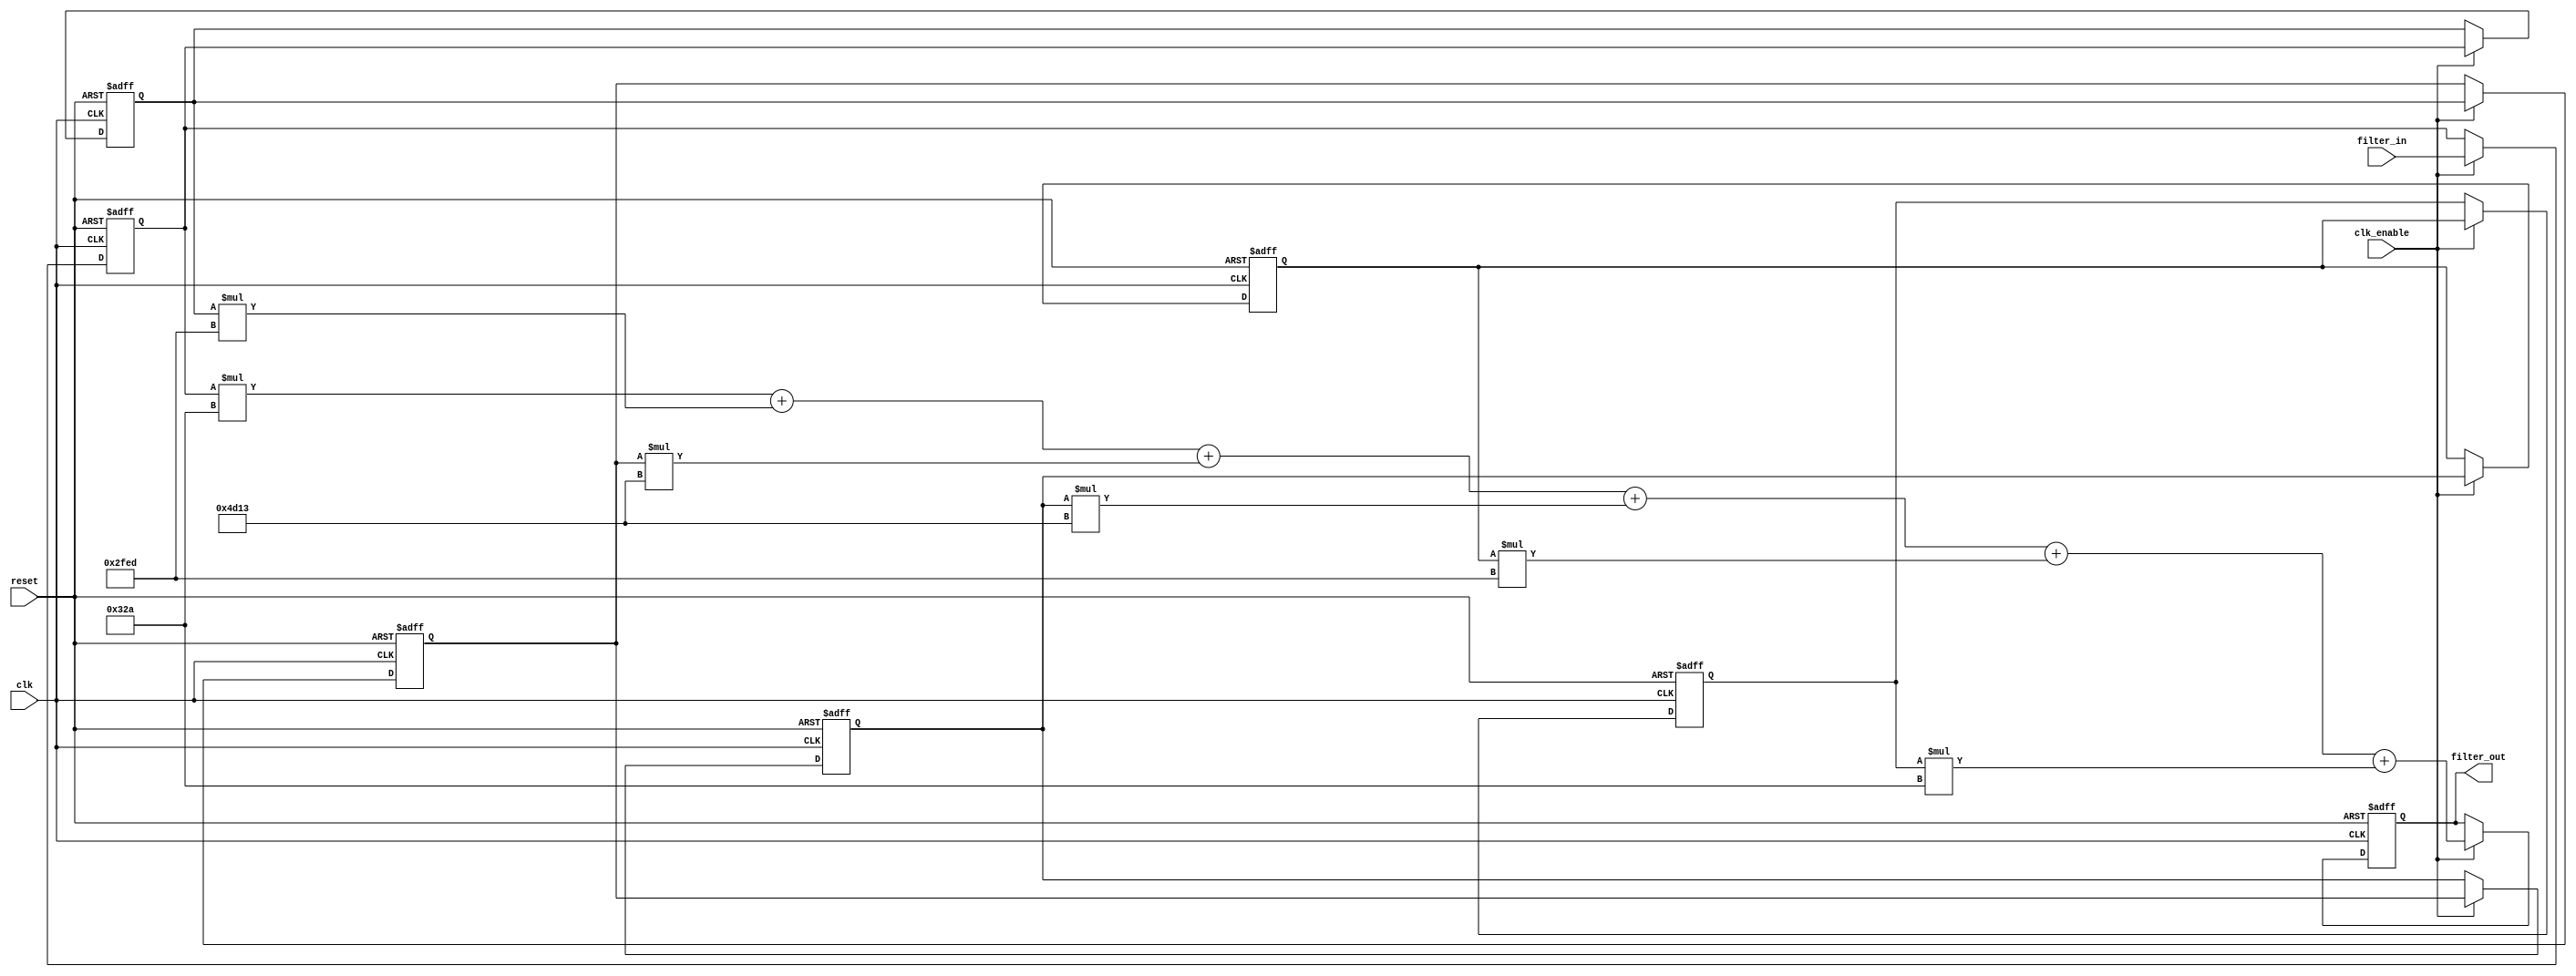
// -------------------------------------------------------------
//
// Module: filter_gw2ademodfilter
// Generated by MATLAB(R) 9.7 and Filter Design HDL Coder 3.1.6.
// Generated on: 2021-11-09 20:23:09
// -------------------------------------------------------------

// -------------------------------------------------------------
// HDL Code Generation Options:
//
// TargetDirectory: E:\AM_PROJECT\gw2ademod\gw2aDEMOD\filter
// Name: filter_gw2ademodfilter
// TargetLanguage: Verilog
// TestBenchStimulus: impulse step ramp chirp noise 

// -------------------------------------------------------------
// HDL Implementation    : Fully parallel
// Folding Factor        : 1
// -------------------------------------------------------------
// Filter Settings:
//
// Discrete-Time FIR Filter (real)
// -------------------------------
// Filter Structure  : Direct-Form FIR
// Filter Length     : 6
// Stable            : Yes
// Linear Phase      : Yes (Type 2)
// Arithmetic        : fixed
// Numerator         : s16,15 -> [-1 1)
// Input             : s12,11 -> [-1 1)
// Filter Internals  : Full Precision
//   Output          : s28,26 -> [-2 2)  (auto determined)
//   Product         : s27,26 -> [-1 1)  (auto determined)
//   Accumulator     : s28,26 -> [-2 2)  (auto determined)
//   Round Mode      : No rounding
//   Overflow Mode   : No overflow
// -------------------------------------------------------------




`timescale 1 ns / 1 ns

module filter_gw2ademodfilter
               (
                clk,
                clk_enable,
                reset,
                filter_in,
                filter_out
                );

  input   clk; 
  input   clk_enable; 
  input   reset; 
  input   signed [11:0] filter_in; //sfix12_En11
  output  signed [27:0] filter_out; //sfix28_En26

////////////////////////////////////////////////////////////////
//Module Architecture: filter_gw2ademodfilter
////////////////////////////////////////////////////////////////
  // Local Functions
  // Type Definitions
  // Constants
  parameter signed [15:0] coeff1 = 16'b0000001100101010; //sfix16_En15
  parameter signed [15:0] coeff2 = 16'b1110111111101101; //sfix16_En15
  parameter signed [15:0] coeff3 = 16'b0100110100010011; //sfix16_En15
  parameter signed [15:0] coeff4 = 16'b0100110100010011; //sfix16_En15
  parameter signed [15:0] coeff5 = 16'b1110111111101101; //sfix16_En15
  parameter signed [15:0] coeff6 = 16'b0000001100101010; //sfix16_En15

  // Signals
  reg  signed [11:0] delay_pipeline [0:5] ; // sfix12_En11
  wire signed [26:0] product6; // sfix27_En26
  wire signed [27:0] mul_temp; // sfix28_En26
  wire signed [26:0] product5; // sfix27_En26
  wire signed [27:0] mul_temp_1; // sfix28_En26
  wire signed [26:0] product4; // sfix27_En26
  wire signed [27:0] mul_temp_2; // sfix28_En26
  wire signed [26:0] product3; // sfix27_En26
  wire signed [27:0] mul_temp_3; // sfix28_En26
  wire signed [26:0] product2; // sfix27_En26
  wire signed [27:0] mul_temp_4; // sfix28_En26
  wire signed [27:0] product1_cast; // sfix28_En26
  wire signed [26:0] product1; // sfix27_En26
  wire signed [27:0] mul_temp_5; // sfix28_En26
  wire signed [27:0] sum1; // sfix28_En26
  wire signed [27:0] add_signext; // sfix28_En26
  wire signed [27:0] add_signext_1; // sfix28_En26
  wire signed [28:0] add_temp; // sfix29_En26
  wire signed [27:0] sum2; // sfix28_En26
  wire signed [27:0] add_signext_2; // sfix28_En26
  wire signed [27:0] add_signext_3; // sfix28_En26
  wire signed [28:0] add_temp_1; // sfix29_En26
  wire signed [27:0] sum3; // sfix28_En26
  wire signed [27:0] add_signext_4; // sfix28_En26
  wire signed [27:0] add_signext_5; // sfix28_En26
  wire signed [28:0] add_temp_2; // sfix29_En26
  wire signed [27:0] sum4; // sfix28_En26
  wire signed [27:0] add_signext_6; // sfix28_En26
  wire signed [27:0] add_signext_7; // sfix28_En26
  wire signed [28:0] add_temp_3; // sfix29_En26
  wire signed [27:0] sum5; // sfix28_En26
  wire signed [27:0] add_signext_8; // sfix28_En26
  wire signed [27:0] add_signext_9; // sfix28_En26
  wire signed [28:0] add_temp_4; // sfix29_En26
  reg  signed [27:0] output_register; // sfix28_En26

  // Block Statements
  always @( posedge clk or posedge reset)
    begin: Delay_Pipeline_process
      if (reset == 1'b1) begin
        delay_pipeline[0] <= 0;
        delay_pipeline[1] <= 0;
        delay_pipeline[2] <= 0;
        delay_pipeline[3] <= 0;
        delay_pipeline[4] <= 0;
        delay_pipeline[5] <= 0;
      end
      else begin
        if (clk_enable == 1'b1) begin
          delay_pipeline[0] <= filter_in;
          delay_pipeline[1] <= delay_pipeline[0];
          delay_pipeline[2] <= delay_pipeline[1];
          delay_pipeline[3] <= delay_pipeline[2];
          delay_pipeline[4] <= delay_pipeline[3];
          delay_pipeline[5] <= delay_pipeline[4];
        end
      end
    end // Delay_Pipeline_process


  assign mul_temp = delay_pipeline[5] * coeff6;
  assign product6 = mul_temp[26:0];

  assign mul_temp_1 = delay_pipeline[4] * coeff5;
  assign product5 = mul_temp_1[26:0];

  assign mul_temp_2 = delay_pipeline[3] * coeff4;
  assign product4 = mul_temp_2[26:0];

  assign mul_temp_3 = delay_pipeline[2] * coeff3;
  assign product3 = mul_temp_3[26:0];

  assign mul_temp_4 = delay_pipeline[1] * coeff2;
  assign product2 = mul_temp_4[26:0];

  assign product1_cast = $signed({{1{product1[26]}}, product1});

  assign mul_temp_5 = delay_pipeline[0] * coeff1;
  assign product1 = mul_temp_5[26:0];

  assign add_signext = product1_cast;
  assign add_signext_1 = $signed({{1{product2[26]}}, product2});
  assign add_temp = add_signext + add_signext_1;
  assign sum1 = add_temp[27:0];

  assign add_signext_2 = sum1;
  assign add_signext_3 = $signed({{1{product3[26]}}, product3});
  assign add_temp_1 = add_signext_2 + add_signext_3;
  assign sum2 = add_temp_1[27:0];

  assign add_signext_4 = sum2;
  assign add_signext_5 = $signed({{1{product4[26]}}, product4});
  assign add_temp_2 = add_signext_4 + add_signext_5;
  assign sum3 = add_temp_2[27:0];

  assign add_signext_6 = sum3;
  assign add_signext_7 = $signed({{1{product5[26]}}, product5});
  assign add_temp_3 = add_signext_6 + add_signext_7;
  assign sum4 = add_temp_3[27:0];

  assign add_signext_8 = sum4;
  assign add_signext_9 = $signed({{1{product6[26]}}, product6});
  assign add_temp_4 = add_signext_8 + add_signext_9;
  assign sum5 = add_temp_4[27:0];

  always @ (posedge clk or posedge reset)
    begin: Output_Register_process
      if (reset == 1'b1) begin
        output_register <= 0;
      end
      else begin
        if (clk_enable == 1'b1) begin
          output_register <= sum5;
        end
      end
    end // Output_Register_process

  // Assignment Statements
  assign filter_out = output_register;
endmodule  // filter_gw2ademodfilter